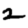
Digit: 2